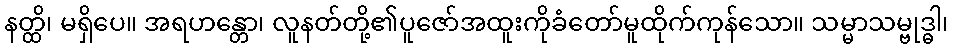
နတ္ထိ၊ မရှိပေ။ အရဟန္တော၊ လူနတ်တို့၏ပူဇော်အထူးကိုခံတော်မူထိုက်ကုန်သော။ သမ္မာသမ္ဗုဒ္ဓါ၊